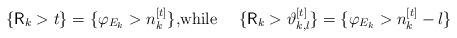
LaTeX: \begin{align*}\left\{ \mathsf{R}_{k}>t\right\} =\{\varphi_{E_{k}}>n_{k}^{[t]}\}\text{,while \quad}\{\mathsf{R}_{k}>\vartheta_{k,l}^{[t]}\}=\{\varphi_{E_{k}}>n_{k}^{[t]}-l\}\end{align*}